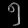
Digit: ၅